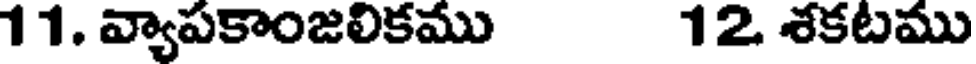
11. వ్యాపకాంజలికము 12 శకటము